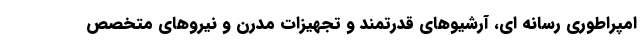
امپراطوری رسانه ای، آرشیو‌های قدرتمند و تجهیزات مدرن و نیرو‌های متخصص